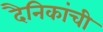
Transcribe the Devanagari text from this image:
दैनिकांची